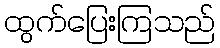
ထွက်ပြေးကြသည်